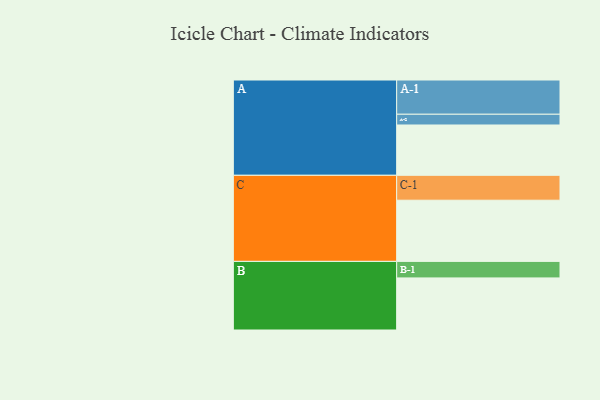
{"axis": {"x": "Segment", "y": "Value"}, "legend": ["", "A", "B", "C"], "data": [{"x": "A", "y": 426, "type": ""}, {"x": "B", "y": 441, "type": ""}, {"x": "C", "y": 518, "type": ""}, {"x": "A-1", "y": 290, "type": "A"}, {"x": "A-2", "y": 91, "type": "A"}, {"x": "B-1", "y": 140, "type": "B"}, {"x": "C-1", "y": 211, "type": "C"}]}